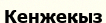
Кенжеқыз